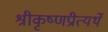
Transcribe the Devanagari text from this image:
श्रीकृष्णप्रीत्यर्थे